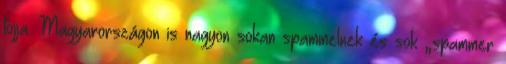
tojja. Magyarországon is nagyon sokan spammelnek és sok „spammer